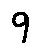
9